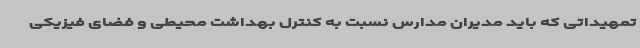
تمهیداتی که باید مدیران مدارس نسبت به کنترل بهداشت محیطی و فضای فیزیکی